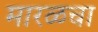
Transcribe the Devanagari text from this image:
मारळचा